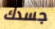
جسدك